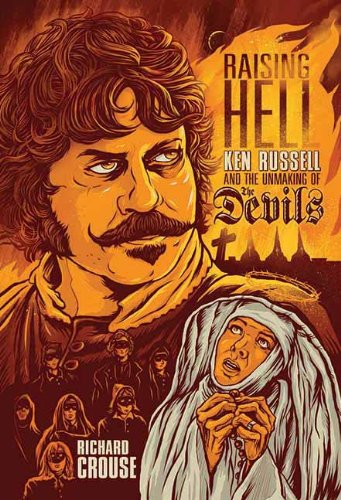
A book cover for Raising Hell: Ken Russell and the Unmaking of the Devils; Richard Crouse; Humor & Entertainment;